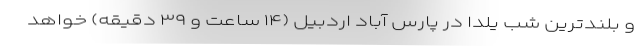
و بلندترین شب یلدا در پارس آباد اردبیل (۱۴ ساعت و ۳۹ دقیقه) خواهد